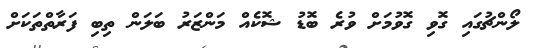
ލޯންޗުގައި ގޮވި ގޮވުމަށް ވުރެ ބޮޑު ޝޮކެއް މަންޒަރު ބަލަން ތިބި ފަރާތްތަކަށް